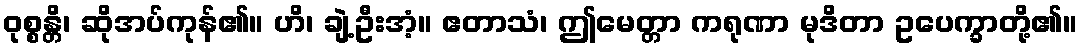
ဝုစ္စန္တိ၊ ဆိုအပ်ကုန်၏။ ဟိ၊ ချဲ့ဦးအံ့။ ဧတာသံ၊ ဤမေတ္တာ ကရုဏာ မုဒိတာ ဥပေက္ခာတို့၏။